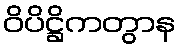
ဝိပိဋ္ဌိကတွာန